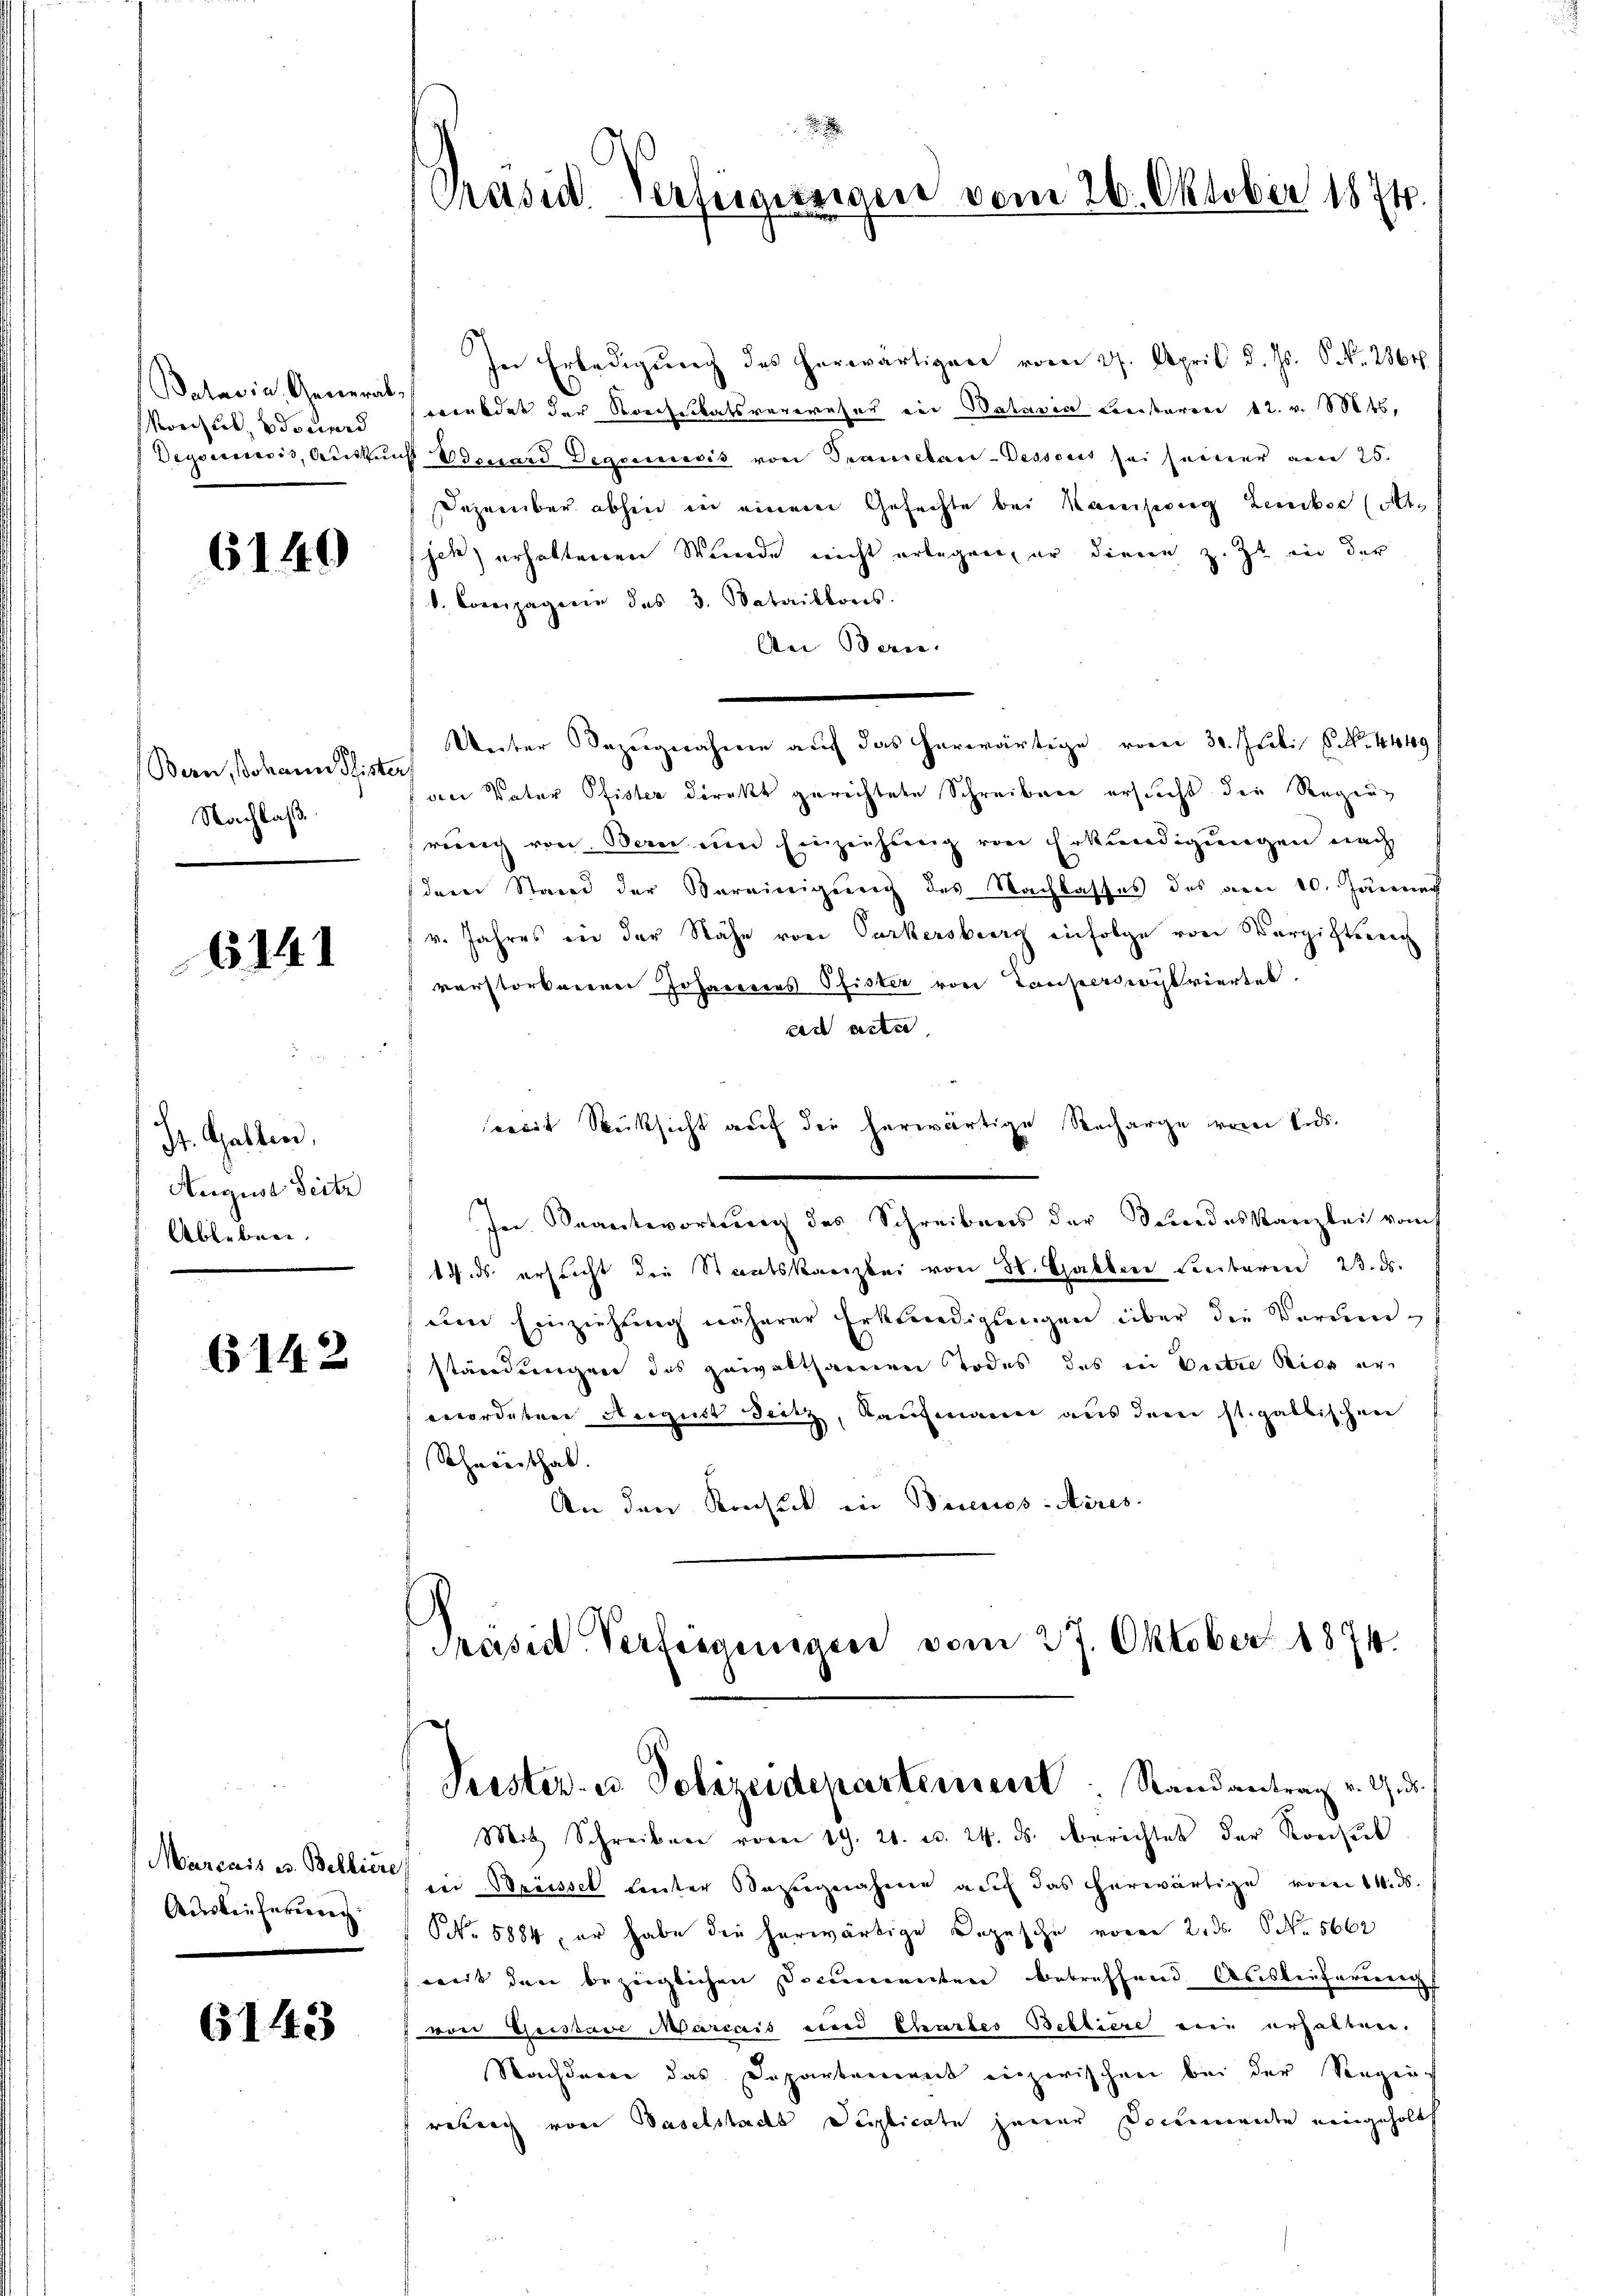
Batavia, General
Konsul douard
Degsamesis, Geiste

6149

Bern, Johann Pfist
Nachlaß

614

St. Gallen,
August Seite
Ableben.

6142

Marcais es. Belliere
Auslieferung

6143

Präsid. Verfügungen vom 26. Oktober 1874.

In Erledigung des herwärtigen vom 27. April d. Js. 6. No. 2864.
ewendet der Rechnikatsverwesen ein Batavia Listeren 12. v. Mts,
 Odeuard Degensis von Tramelan-Dessens sei seiner am 25.
Dezember abhin in einem Gesuchte bei Kamisorg Lember (ott.
hes) erhaltenen Wunde nicht erlegen, er diene z. Zt. in der
b. Compagnie des 3. Bataillons.
An Bern.
Unter Bezugnahme auf das herwärtige vom 30. Juli S. Nr. 4449
Pan Vater Pfister direkt gerichtete Schreiben ersucht der Regierung von Bau um Einziehung von Erkundigungen nach
dem Stand der Vereinigung des Nachlasses des am 10. Jänner
v. Jahres in der Nähe von Parkersburg infolge von Verzichten
vorstorbenen Johannes Pfister von Tausercioylviertel.
ad acta
weit Rücksicht auf die herwärtige Recharge von Ends.
In Beantwortung des Schreibens der Bundeskanzlei vom
14. ds. ersucht die Staatskanzlei von H. Galler Leibaren 23. ds.
eim Einziehŭng näherer Erkundigŭngen über die Verŭm-
ständergen des gewaltsamen Todes das in Vertre sich er
wordeten August Seitz, Kaufmann aus dem st. galtischen
Schneeithal.
An den Konsul in Bereuss-Aires.
Präsid. Verfregungen vom 27. Oktober 1874.

Peester- u Polizeidepartement. Randantrag v. 9. ds.

Mit Schreiben vom 19. 21. d. 24. ds. berichtet der Konsul
vid Brüssel Leuter Bezugnahme auf das herwärtige vom 14. ds
NNo. 5884, er habe die herwärtige Depesche vor 2. ds No 566
weit den bezeiglichen Documenten betreffend Auslieferung
von Geistave Marcais und Chartes Belliere eine erhalten.
Nachdenen das Departement inzwischen bei der Seegenreberg von Baselstads Duplicate jener Documente eingeholt